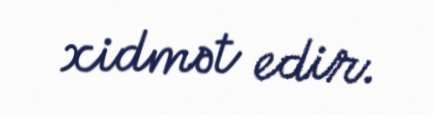
xidmət edir.